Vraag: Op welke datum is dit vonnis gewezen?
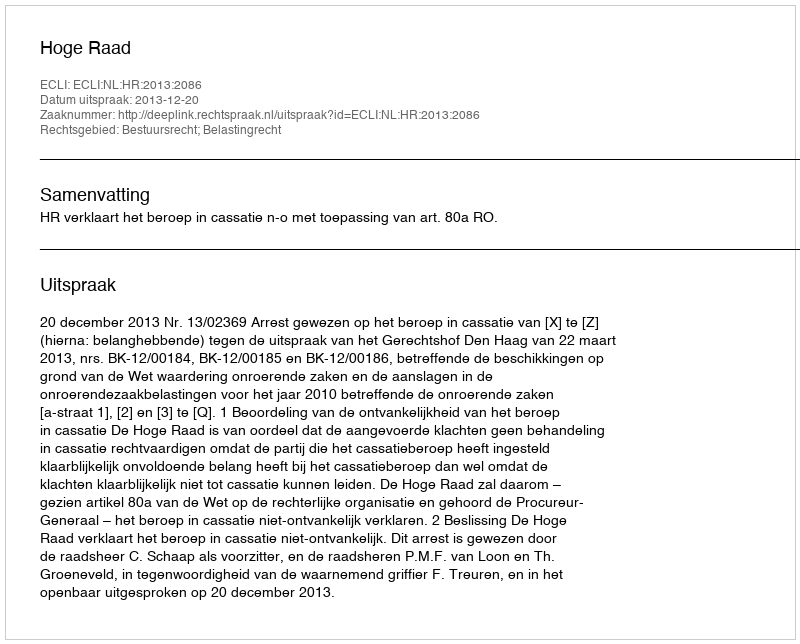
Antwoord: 2013-12-20